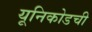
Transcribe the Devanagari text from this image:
यूनिकोडची